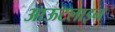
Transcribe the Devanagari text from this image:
आऊटलाइन